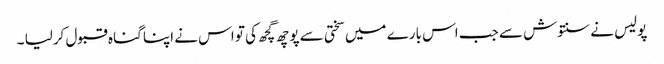
پولیس نے سنتوش سے جب اس بارے میں سختی سے پوچھ گچھ کی تو اس نے اپنا گناہ قبول کرلیا ۔